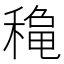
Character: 𥡄